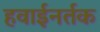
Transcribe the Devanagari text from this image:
हवाईनर्तक